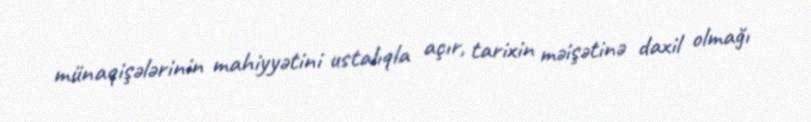
münaqişələrinin mahiyyətini ustalıqla açır, tarixin məişətinə daxil olmağı